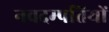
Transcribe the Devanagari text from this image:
नवदम्पतियों